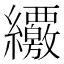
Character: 𦇸